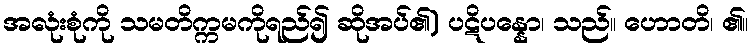
အလုံးစုံကို သမတိက္ကမကိုရည်၍ ဆိုအပ်၏) ပဋိပန္နော၊ သည်။ ဟောတိ၊ ၏။